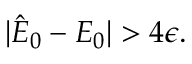
\begin{array} { r } { | \hat { E } _ { 0 } - E _ { 0 } | > 4 \epsilon . } \end{array}